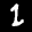
Label: 1